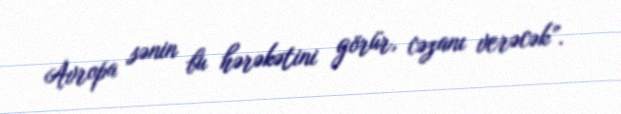
Avropa sənin bu hərəkətini görür, cəzanı verəcək”.